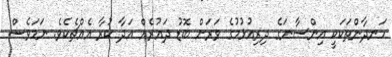
ހަނދާންތަކަކީ އިންސާނަގެ ދިރިއުޅުމުގެ ވަރަށް ބޮޑު ދައުރެއް އަދާ ކުރާ އެއްޗެކެވެ. ނަމަވެސް